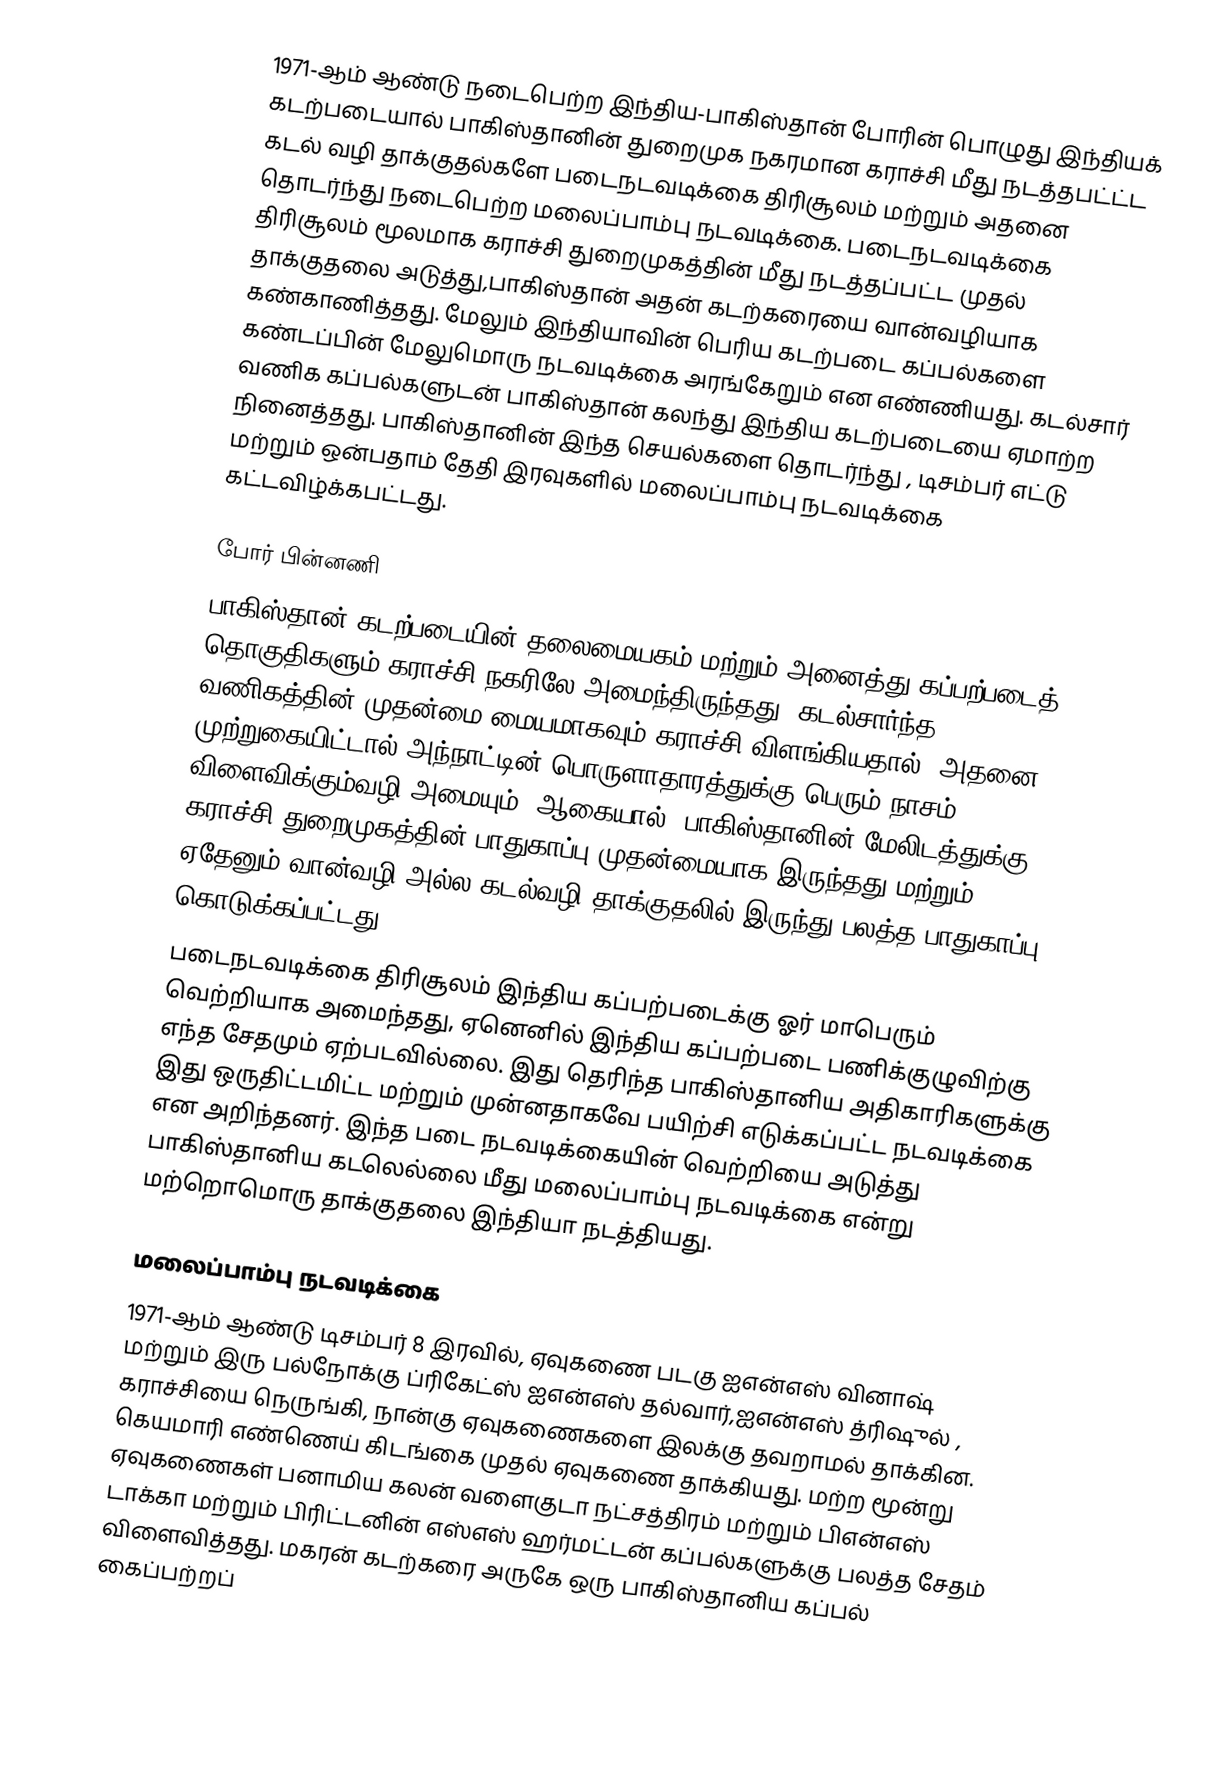
1971-ஆம் ஆண்டு நடைபெற்ற இந்திய-பாகிஸ்தான் போரின் பொழுது இந்தியக் கடற்படையால் பாகிஸ்தானின் துறைமுக நகரமான கராச்சி மீது நடத்தபட்ட்ட கடல் வழி தாக்குதல்களே படைநடவடிக்கை திரிசூலம் மற்றும் அதனை தொடர்ந்து நடைபெற்ற மலைப்பாம்பு நடவடிக்கை. படைநடவடிக்கை திரிசூலம் மூலமாக கராச்சி துறைமுகத்தின் மீது நடத்தப்பட்ட முதல் தாக்குதலை அடுத்து,பாகிஸ்தான் அதன் கடற்கரையை வான்வழியாக கண்காணித்தது. மேலும் இந்தியாவின் பெரிய கடற்படை கப்பல்களை கண்டப்பின் மேலுமொரு நடவடிக்கை அரங்கேறும் என எண்ணியது. கடல்சார் வணிக கப்பல்களுடன் பாகிஸ்தான் கலந்து இந்திய கடற்படையை ஏமாற்ற நினைத்தது. பாகிஸ்தானின் இந்த செயல்களை தொடர்ந்து , டிசம்பர் எட்டு மற்றும் ஒன்பதாம் தேதி இரவுகளில் மலைப்பாம்பு நடவடிக்கை கட்டவிழ்க்கபட்டது.

போர் பின்னணி
பாகிஸ்தான் கடற்படையின் தலைமையகம் மற்றும் அனைத்து கப்பற்படைத் தொகுதிகளும் கராச்சி நகரிலே அமைந்திருந்தது. கடல்சார்ந்த வணிகத்தின் முதன்மை மையமாகவும் கராச்சி விளங்கியதால், அதனை முற்றுகையிட்டால் அந்நாட்டின் பொருளாதாரத்துக்கு பெரும் நாசம் விளைவிக்கும்வழி அமையும். ஆகையால், பாகிஸ்தானின் மேலிடத்துக்கு கராச்சி துறைமுகத்தின் பாதுகாப்பு முதன்மையாக இருந்தது மற்றும் ஏதேனும் வான்வழி அல்ல கடல்வழி தாக்குதலில் இருந்து பலத்த பாதுகாப்பு கொடுக்கப்பட்டது.
படைநடவடிக்கை திரிசூலம் இந்திய கப்பற்படைக்கு ஓர் மாபெரும் வெற்றியாக அமைந்தது, ஏனெனில் இந்திய கப்பற்படை பணிக்குழுவிற்கு எந்த சேதமும் ஏற்படவில்லை. இது தெரிந்த பாகிஸ்தானிய அதிகாரிகளுக்கு இது ஒருதிட்டமிட்ட மற்றும் முன்னதாகவே பயிற்சி எடுக்கப்பட்ட நடவடிக்கை என அறிந்தனர். இந்த படை நடவடிக்கையின் வெற்றியை அடுத்து பாகிஸ்தானிய கடலெல்லை மீது மலைப்பாம்பு நடவடிக்கை என்று மற்றொமொரு தாக்குதலை இந்தியா நடத்தியது.

மலைப்பாம்பு நடவடிக்கை
1971-ஆம் ஆண்டு டிசம்பர் 8 இரவில், ஏவுகணை படகு ஐஎன்எஸ் வினாஷ் மற்றும் இரு பல்நோக்கு ப்ரிகேட்ஸ் ஐஎன்எஸ் தல்வார்,ஐஎன்எஸ் த்ரிஷுல் , கராச்சியை நெருங்கி, நான்கு ஏவுகணைகளை இலக்கு தவறாமல் தாக்கின. கெயமாரி எண்ணெய் கிடங்கை முதல் ஏவுகணை தாக்கியது. மற்ற மூன்று ஏவுகணைகள் பனாமிய  கலன் வளைகுடா நட்சத்திரம் மற்றும் பிஎன்எஸ் டாக்கா மற்றும் பிரிட்டனின் எஸ்எஸ் ஹர்மட்டன் கப்பல்களுக்கு பலத்த சேதம் விளைவித்தது.   மகரன் கடற்கரை அருகே ஒரு பாகிஸ்தானிய கப்பல் கைப்பற்றப்